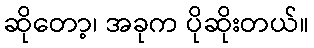
ဆိုတော့၊ အခုက ပိုဆိုးတယ်။